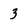
Character: 3